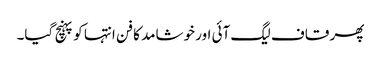
پھر قاف لیگ آئی اور خوشامد کا فن انتہا کو پہنچ گیا۔